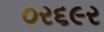
૦ર૬૯ર